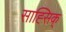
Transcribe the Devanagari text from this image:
साह्सिक्